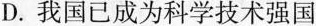
D. 我国已成为科学技术强国